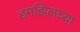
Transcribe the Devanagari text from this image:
डमझिलच्या